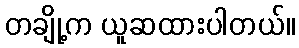
တချို့က ယူဆထားပါတယ်။